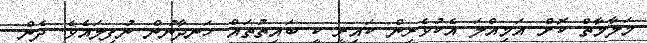
މަލާމާތް ކޮށް އަމިއްލަ އެކުވެރިން ކައިރީ ކީ ބައިތުތައް ހަނދާނުން ނުފިލައެވެ. ދެން